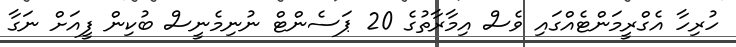
ހުރިހާ އެގްރީމަންޓެއްގައި ވެސް އިމާރާތުގެ 20 ޕަސެންޓް ނުނިމެނީސް ބުކިން ފީއަށް ނަގާ